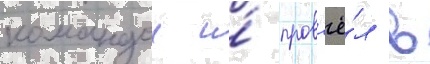
командои и́ пров'ё́л в